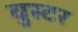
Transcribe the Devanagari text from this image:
वुस्टर